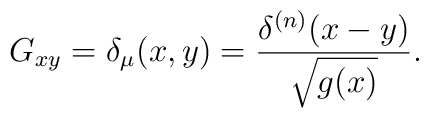
G_{xy}=\delta_{\mu}(x,y) = {\delta^{(n)}(x-y)\over \sqrt{g(x)}}.